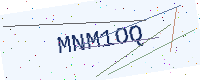
Text: MNM1OQ